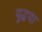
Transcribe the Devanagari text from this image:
युद्धया